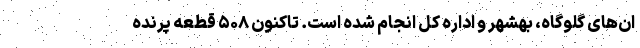
ان‌های گلوگاه، بهشهر و اداره کل انجام شده است. تاکنون ۵۰۸ قطعه پرنده